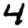
Digit: 4